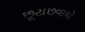
છૂટાછવાયો